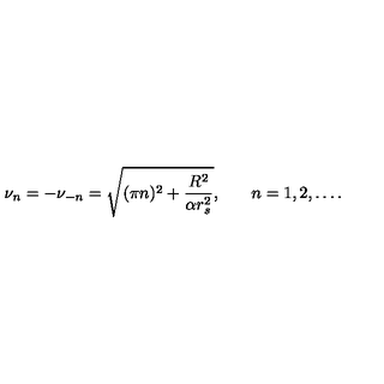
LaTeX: \nu _ { n } = - \nu _ { - n } = \sqrt { ( \pi n ) ^ { 2 } + \frac { R ^ { 2 } } { \alpha r _ { s } ^ { 2 } } } { , } \qquad n = 1 , 2 , \ldots { . }